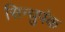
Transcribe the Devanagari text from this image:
सिन्धुपंक